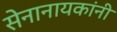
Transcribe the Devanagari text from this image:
सेनानायकांनी